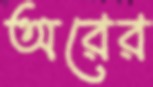
অরের